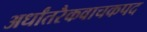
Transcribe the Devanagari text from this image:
अर्धांतरैकवाचकपद